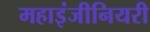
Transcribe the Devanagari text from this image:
महाइंजीनियरी